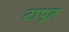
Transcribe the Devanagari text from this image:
टापूत